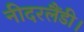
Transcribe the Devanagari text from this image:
नीदरलैंडी।